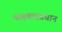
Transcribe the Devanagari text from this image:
भावुकताप्रधान